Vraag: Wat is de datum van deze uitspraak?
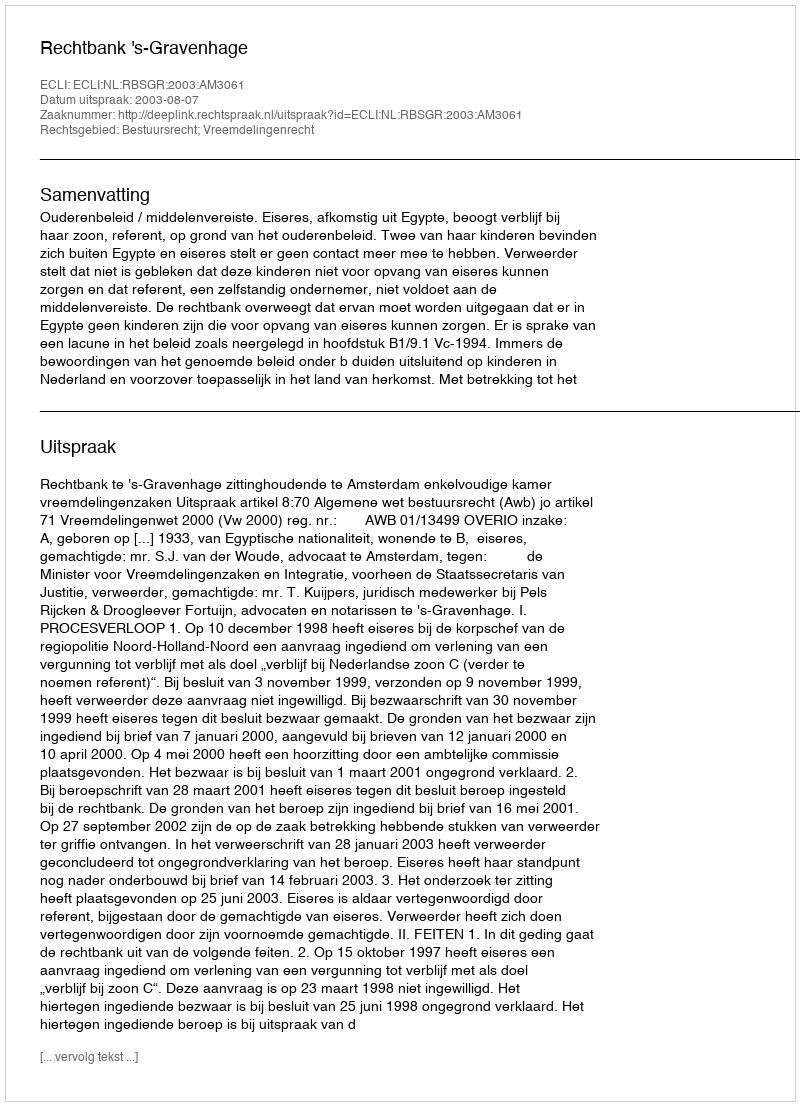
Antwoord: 2003-08-07